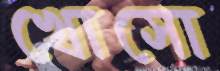
খোসো